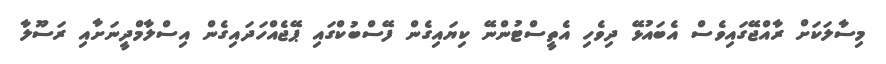
މިސާލަކަށް ރާއްޖޭގައިވެސް އެބައުޅޭ ދިވެހި އެތީސްޓުންނޭ ކިޔައިގެން ފޭސްބުކްގައި ޕޭޖެއްހަދައިގެން އިސްލާމްދީނަށާއި ރަސޫލާ